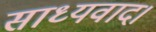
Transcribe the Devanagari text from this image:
साध्यवाद।